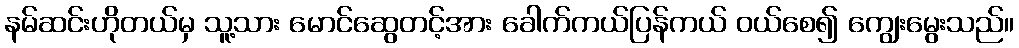
နမ်ဆင်းဟိုတယ်မှ သူ့သား မောင်ဆွေတင့်အား ခေါက်ကယ်ပြန်ကယ် ဝယ်စေ၍ ကျွေးမွေးသည်။